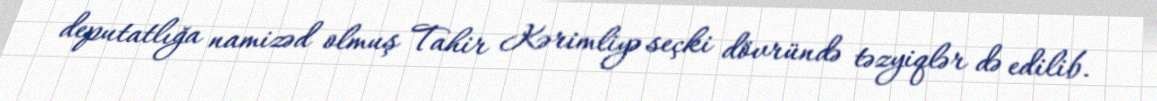
deputatlığa namizəd olmuş Tahir Kərimliyə seçki dövründə təzyiqlər də edilib.